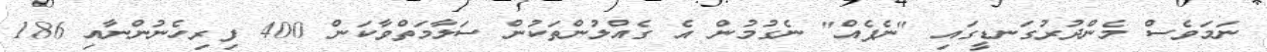
ނަމަވެސް މެންދުރުގަނޑީގައި "ނެޕެއް" ނެގުމުން އެ ގެއްލުންތަކުން ސަލާމަތްވާކަން 400 ފިރިހެނުންނާއި 186